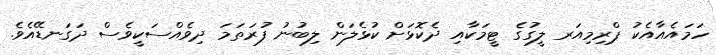
ހަމައެއާއެކު ޕްރިމިއަރ ލީގުގެ ޓީމަކާއި ދެކޮޅަށް ކުޅެލަން ލިބުނު ފުރަތަމަ ދިވެއްސަކީވެސް ދަގަނޑޭއެވެ.